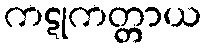
ကဋုကတ္တာယ